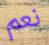
نعم